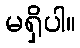
မရှိပါ။